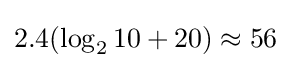
2.4(\log _{2}10+20)\approx 56